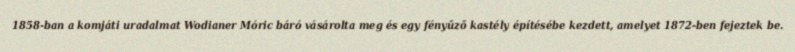
1858-ban a komjáti uradalmat Wodianer Móric báró vásárolta meg és egy fényűző kastély építésébe kezdett, amelyet 1872-ben fejeztek be.